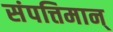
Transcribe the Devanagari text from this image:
संपत्तिमान्‌